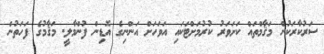
ސަރުކާރަކުން މަޤާމްތައް ކަށަވަރު ކުރުމަށްޓަކައި އަވަހަށް އަންނިގެ އޮޑިން ފުންމާލީ. މަޤާމުގެ ފަހަތުން